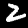
Label: 2